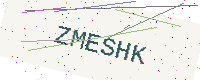
Text: ZMESHK